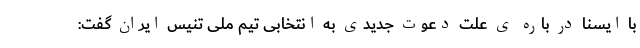
با ایسنا در باره ی علت دعوت جدیدی به انتخابی تیم ملی تنیس ایران گفت: